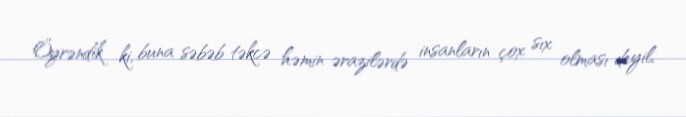
Öyrəndik ki, buna səbəb təkcə həmin ərazilərdə insanların çox sıx olması deyil,